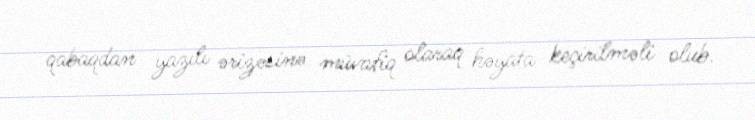
qabaqdan yazılı ərizəsinə müvafiq olaraq həyata keçirilməli olub.